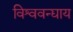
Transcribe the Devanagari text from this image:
विश्ववन्द्याय